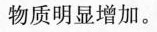
物质明显增加。